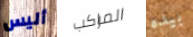
أليس المراكب بيده